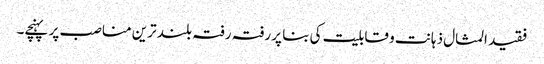
فقید المثال ذہانت و قابلیت کی بنا پر رفتہ رفتہ بلند ترین مناصب پر پہنچے۔